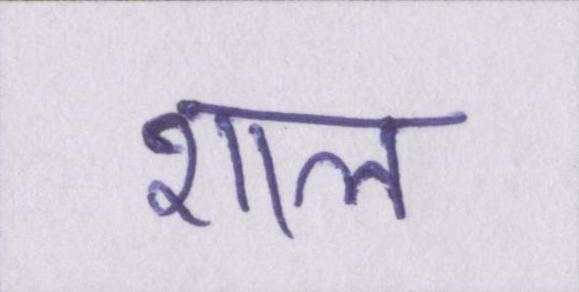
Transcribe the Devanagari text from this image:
शाल